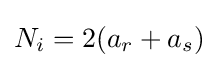
N_{i}=2(a_{r}+a_{s})